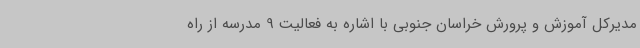
مدیرکل آموزش و پرورش خراسان جنوبی با اشاره به فعالیت 9 مدرسه از راه